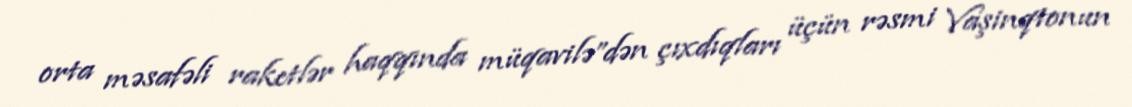
orta məsafəli raketlər haqqında müqavilə”dən çıxdıqları üçün rəsmi Vaşinqtonun